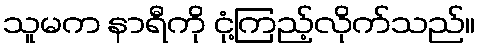
သူမက နာရီကို ငုံ့ကြည့်လိုက်သည်။